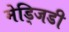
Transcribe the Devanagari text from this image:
मेड्जिडी